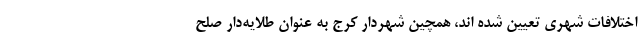
اختلافات شهری تعیین شده اند، همچین شهردار کرج به عنوان طلایه‌دار صلح